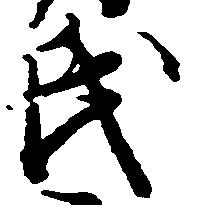
氏